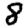
Digit: 8